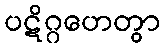
ပဋိဂ္ဂဟေတွာ